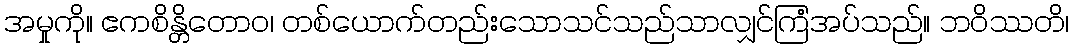
အမှုကို။ ဧကစိန္တိတောဝ၊ တစ်ယောက်တည်းသောသင်သည်သာလျှင်ကြံအပ်သည်။ ဘဝိဿတိ၊